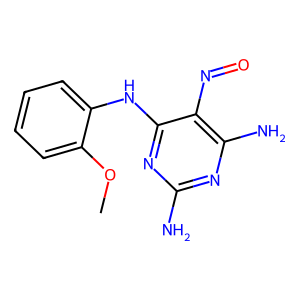
SMILES: COc1ccccc1Nc1nc(N)nc(N)c1N=O
Inhibits HIV replication: No